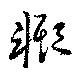
輙